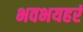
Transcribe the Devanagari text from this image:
भवभयहरं